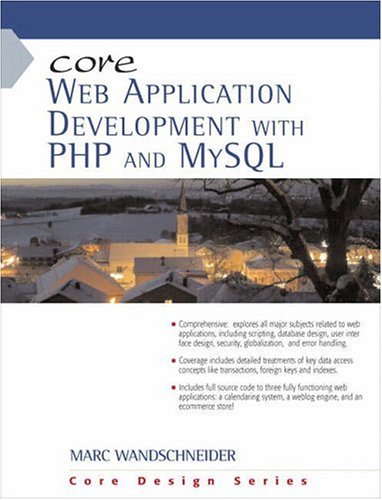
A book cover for Core Web Application Development with PHP and MySQL; Marc Wandschneider; Computers & Technology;